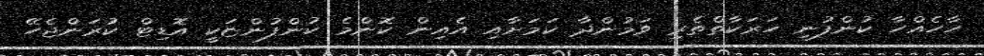
ހާހެއްހާ ކުންފުނި ހަރަކާތްތެރި ވަމުންދާ ކަމަށާއި އެއިން ކޮންމެ ކުންފުންޏަކީ އޮޑިޓް ކުރަންޖެހޭ